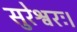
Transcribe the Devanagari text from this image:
सुरेश्वरः।